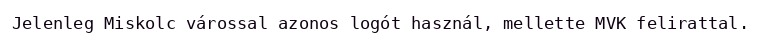
Jelenleg Miskolc várossal azonos logót használ, mellette MVK felirattal.